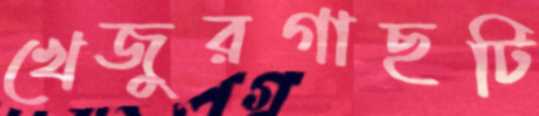
খেজুরগাছটি